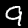
Digit: 9